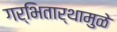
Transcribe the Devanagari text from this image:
गर्भितार्थामुळे